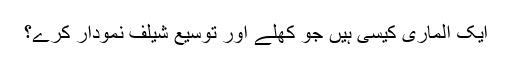
ایک الماری کیسی ہیں جو کھلے اور توسیع شیلف نمودار کرے؟